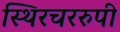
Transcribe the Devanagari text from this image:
स्थिरचररुपी